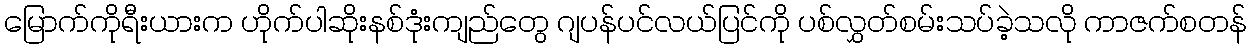
မြောက်ကိုရီးယားက ဟိုက်ပါဆိုးနစ်ဒုံးကျည်တွေ ဂျပန်ပင်လယ်ပြင်ကို ပစ်လွှတ်စမ်းသပ်ခဲ့သလို ကာဇက်စတန်